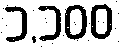
၁,၁၀၀